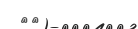
٥٩